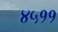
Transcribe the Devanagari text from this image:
४५११